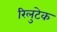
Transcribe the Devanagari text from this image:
रिलुटेक